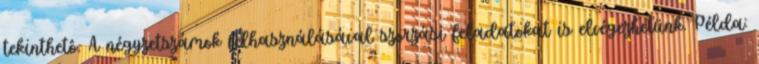
tekinthetô. A négyzetszámok felhasználásával szorzási feladatokat is elvégezhetünk. Példa: